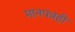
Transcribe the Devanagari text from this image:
मानपत्रही